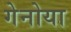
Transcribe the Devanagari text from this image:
गेनोया